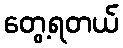
တွေ့ရတယ်